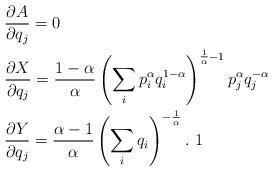
LaTeX: \begin{align*}&\frac{\partial A}{\partial q_{j}}=0\\&\frac{\partial X}{\partial q_{j}}=\frac{1-\alpha}{\alpha}\left(\sum_{i}p^{\alpha}_{i}q^{1-\alpha}_{i}\right)^{\frac{1}{\alpha}-1}p^{\alpha}_{j}q^{-\alpha}_{j}\\&\frac{\partial Y}{\partial q_{j}}=\frac{\alpha-1}{\alpha}\left(\sum_{i}q_{i}\right)^{-\frac{1}{\alpha}}.\ 1\end{align*}